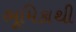
ભૂમિકાથી